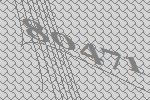
80471